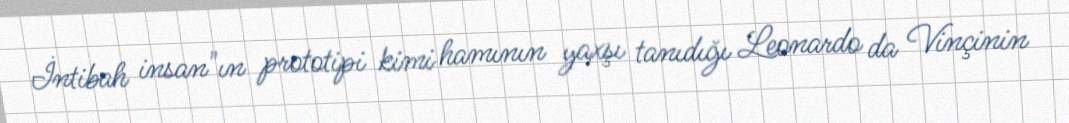
İntibah insan"ın prototipi kimi hamının yaxşı tanıdığı Leonardo da Vinçinin